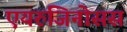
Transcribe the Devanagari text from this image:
एयरुजिनोसस